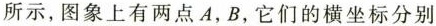
所示，图象上有两点A，B，它们的横坐标分别